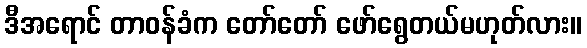
ဒီအရောင် တာဝန်ခံက တော်တော် ဖော်ရွေတယ်မဟုတ်လား။